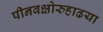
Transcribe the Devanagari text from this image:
पीनवक्षोरुहाढया